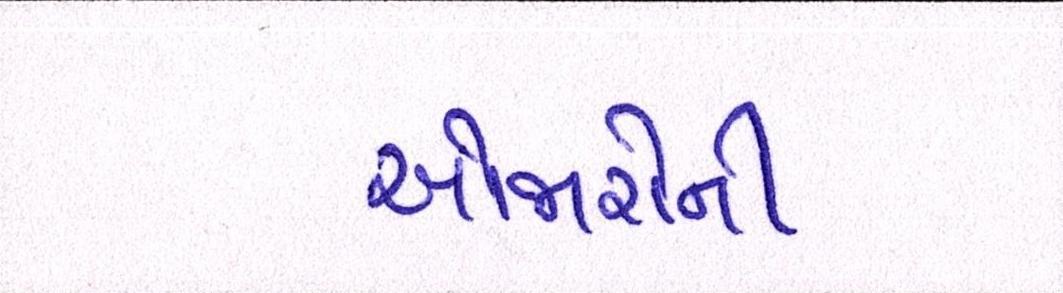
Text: ઓજારોની